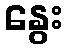
နွေး